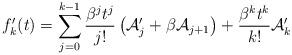
LaTeX: \begin{align*}f'_k(t) = \sum_{j=0}^{k-1} \frac{\beta^j t^j}{j!}\left({\mathcal A}'_j + \beta{\mathcal A}_{j+1}\right)+ \frac{\beta^k t^k}{k!} {\mathcal A}'_k \end{align*}